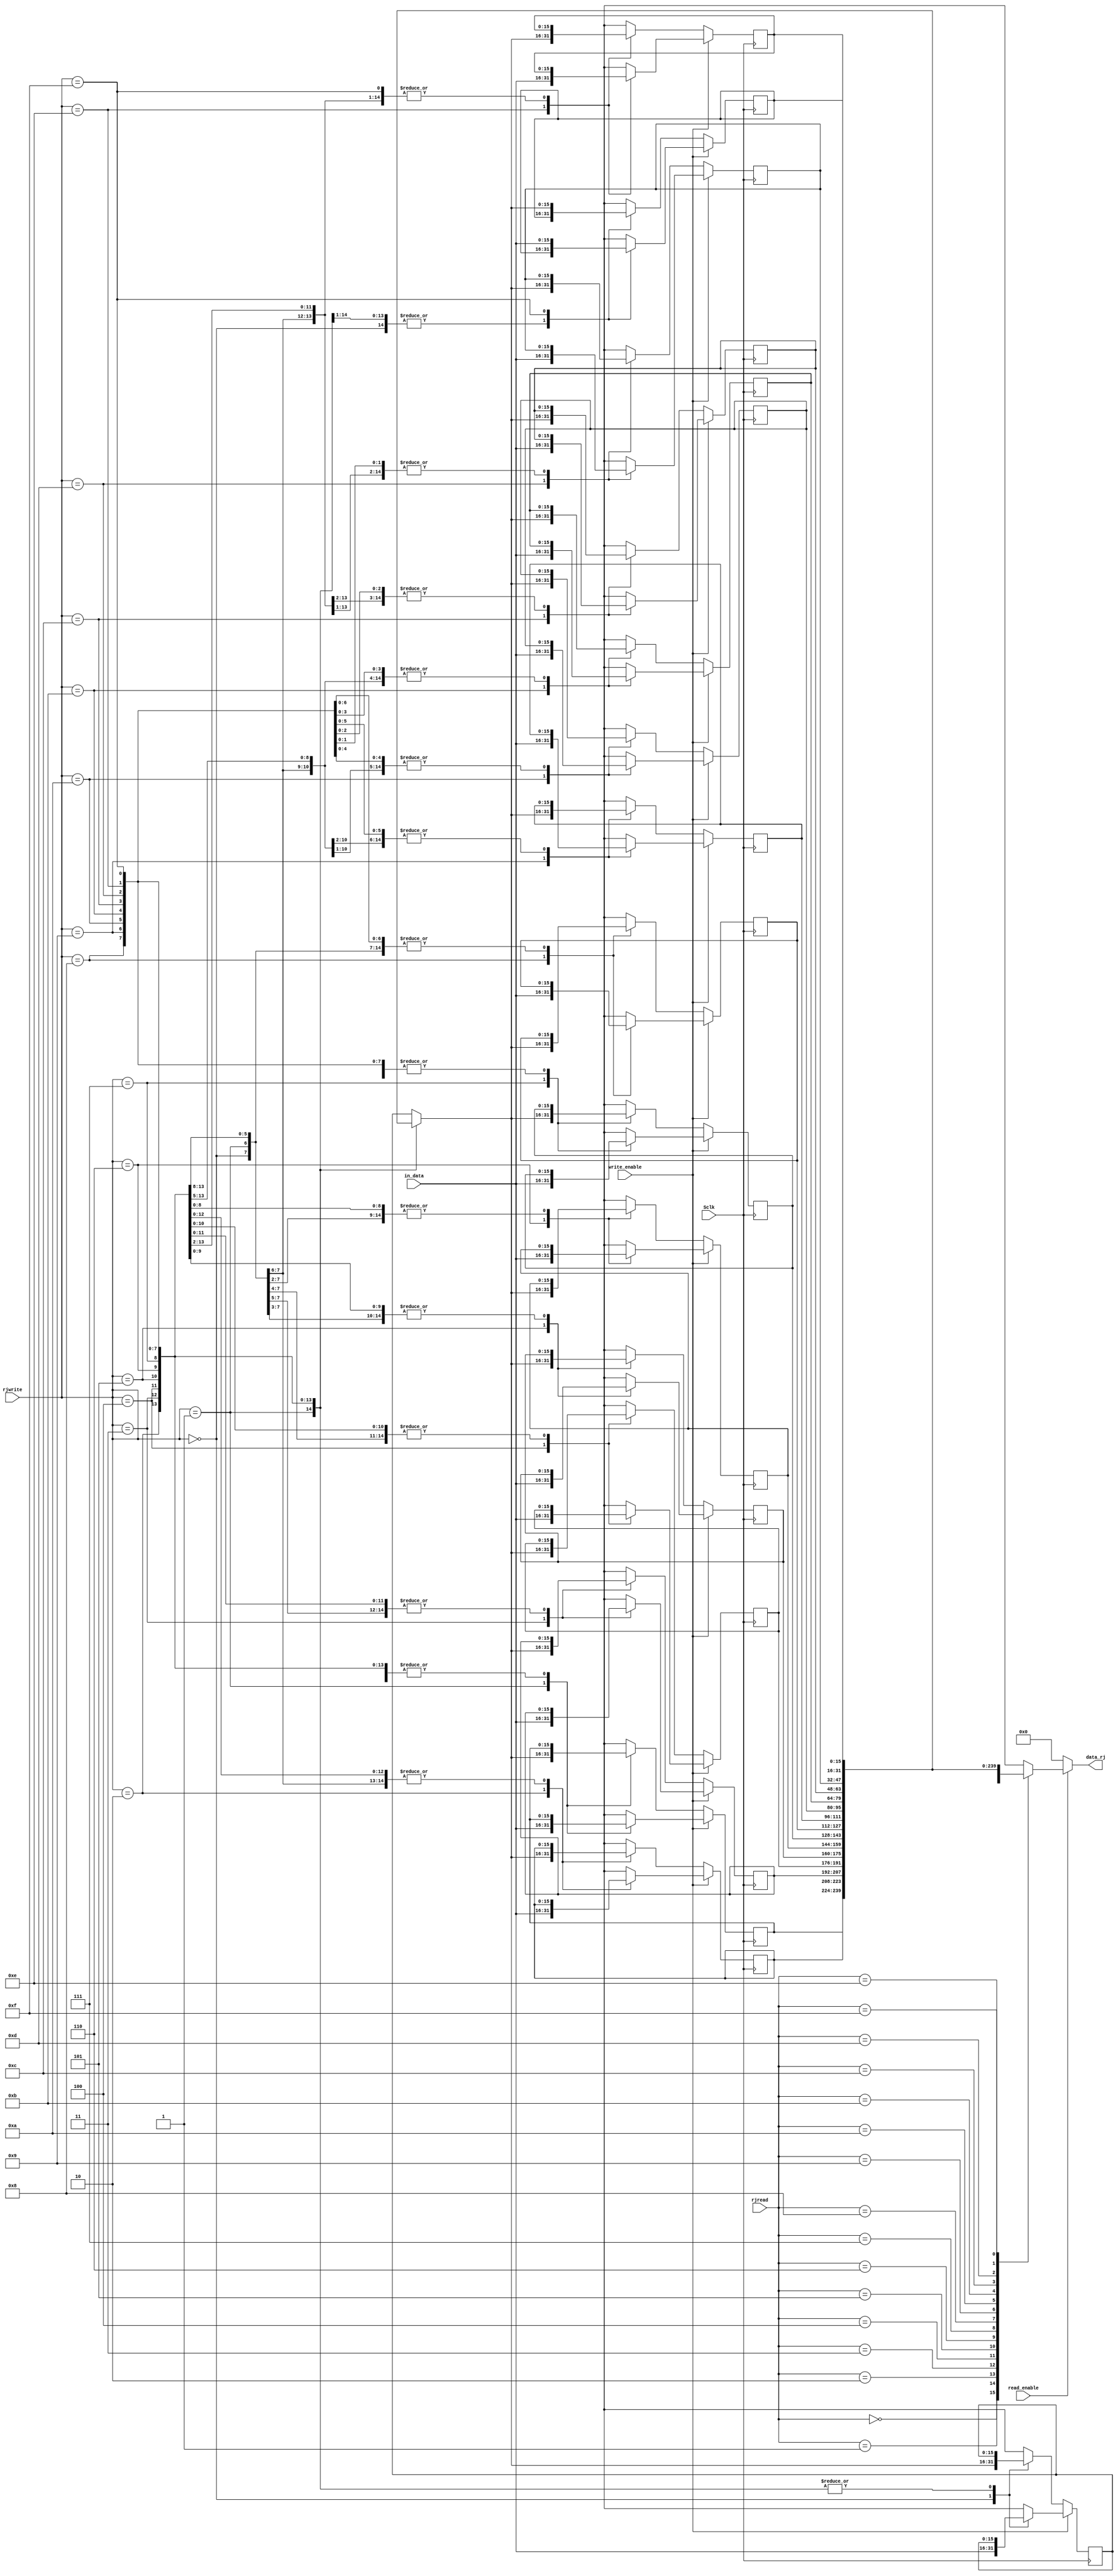
module rj_memory (
              input  wire write_enable, read_enable, Sclk,
	      input wire [15:0] in_data,
              input wire [3:0] rjwrite, rjread,	          				              output wire [15:0] data_rj );

reg [15:0] rjmem [0:15];
always @(posedge Sclk)
   begin
     if(write_enable == 1'b1)
	  rjmem[rjwrite] = in_data;
     else
	  rjmem[rjwrite] = rjmem[rjwrite];		
   end


assign data_rj = (read_enable) ? rjmem[rjread] : 16'd0;

endmodule